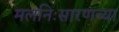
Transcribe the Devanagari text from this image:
मलनिःसारणच्या